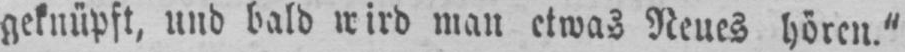
geknüpft, und bald wird man etwas Neues hören.“